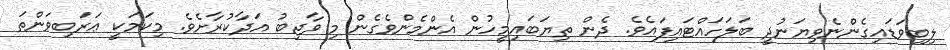
ލިބިވަޑައިގެންނެވިޔަނުދީ ބަލަހައްޓައިފައެވެ. ދެން ތިޔަބައިމީހުން އެންމެންވެގެން މި ވާޖިބު އަދާކުރާށެވެ. މިކަމަކީ ޢަރަބިވަންތަ